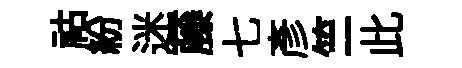
祜紛迷藤七彥竺此